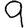
Digit: 9